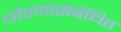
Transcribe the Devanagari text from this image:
धोरणांसंबंधित